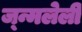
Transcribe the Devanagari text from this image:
ज्न्मलेली